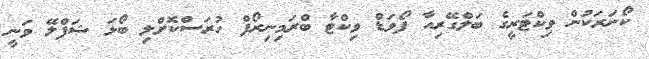
ކޯނަރަކުން ވިކްޓަރީގެ ބަލްގޭރިއާ ފޯވަޑް ވިކްޓާ ބްރަމިނިރޯފް ހުރަސްކޮށްލި ބޯޅަ ޝަފްލޭ ވަނީ